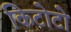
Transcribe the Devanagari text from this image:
किटोटो